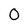
Character: O